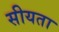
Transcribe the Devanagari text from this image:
सीयता